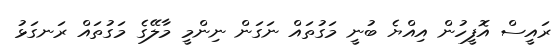
ރައީސް އޮފީހުން އިއްޔެ ބުނީ މަގުތައް ނަގަން ނިންމީ މާލޭގެ މަގުތައް ރަނގަޅު